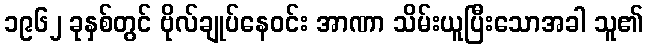
၁၉၆၂ ခုနှစ်တွင် ဗိုလ်ချုပ်နေဝင်း အာဏာ သိမ်းယူပြီးသောအခါ သူ၏